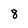
Character: 8